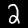
Digit: 2